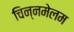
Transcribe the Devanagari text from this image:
चिन्नमेलम